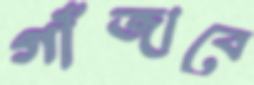
গাঁজাবে